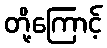
တို့ကြောင့်